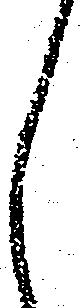
し